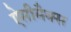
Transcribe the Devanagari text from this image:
ऐसीमैक्स